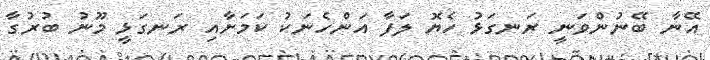
އޭނާ ބޭނުންވަނީ ރަނގަޅުު ހެެޔޮ ލަފާ އަންހެނަކު ކަމަށާއި ރަނގަޅީ މޫނު ބުރުގާ